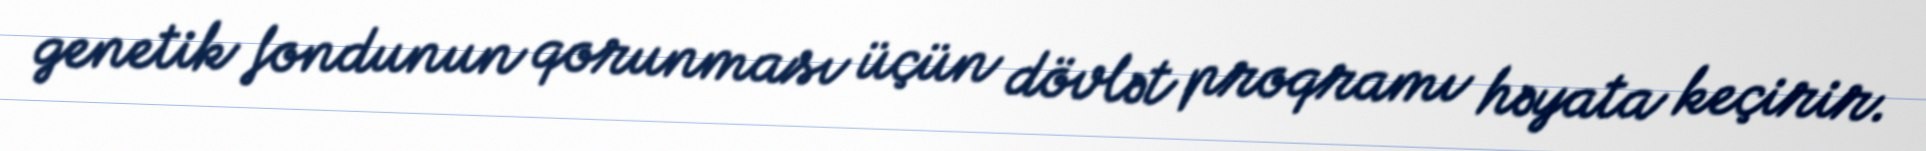
genetik fondunun qorunması üçün dövlət proqramı həyata keçirir.